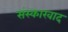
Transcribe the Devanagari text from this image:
संस्कारवाद